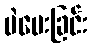
မဲပေးခြင်း